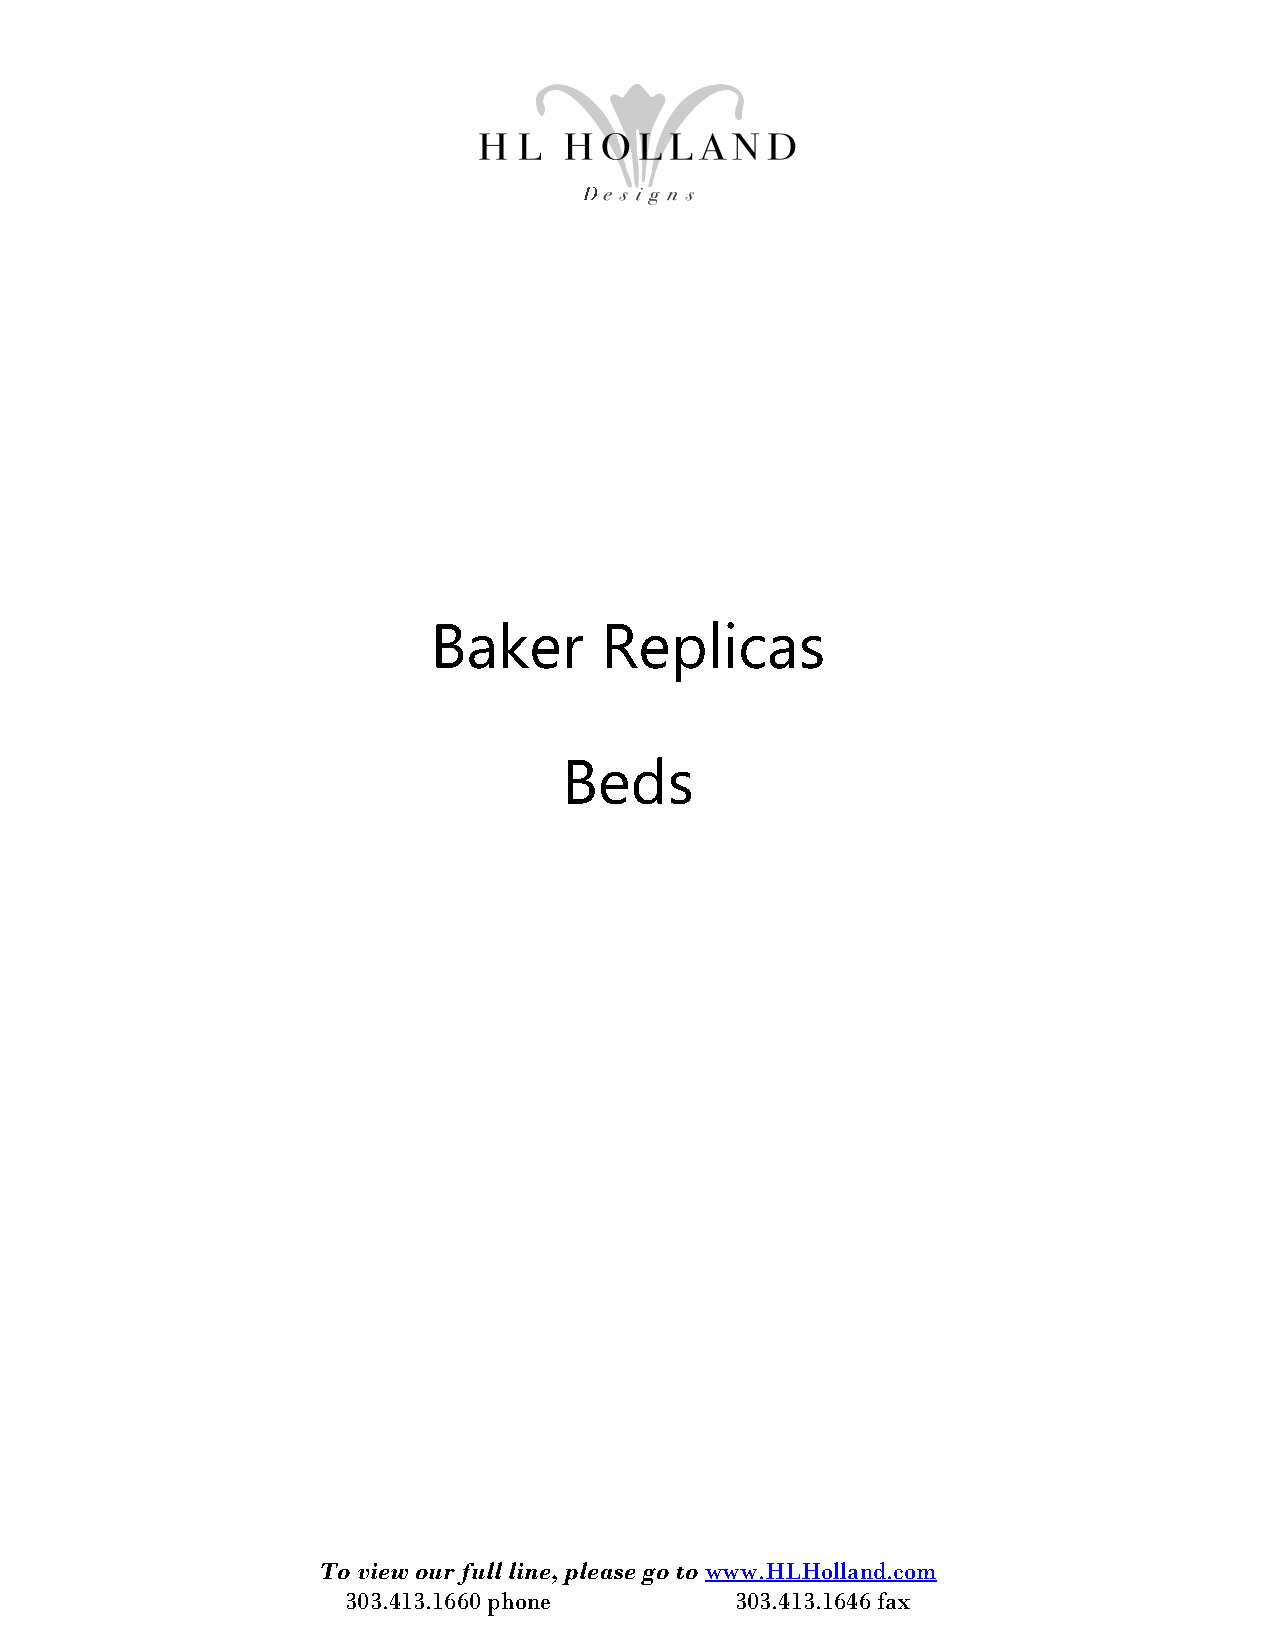
Baker      Replicas
 Beds
 To view our full line, please go to www.HLHolland.com
 303.413.1660 phone        303.413.1646 fax